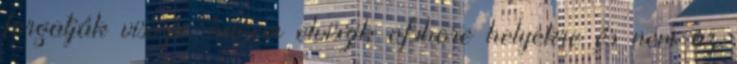
forgatják vissza, hanem elviszik ofshore helyekre és nem az